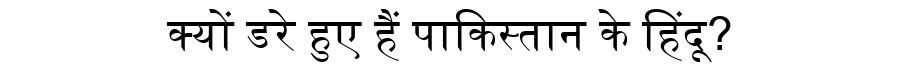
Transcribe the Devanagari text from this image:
क्यों डरे हुए हैं पाकिस्तान के हिंदू?